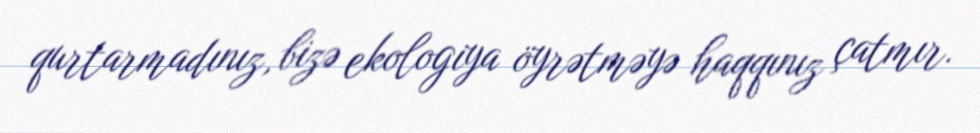
qurtarmadınız, bizə ekologiya öyrətməyə haqqınız çatmır.